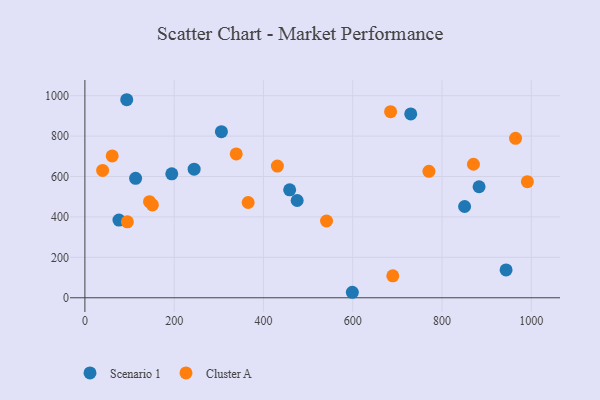
{"axis": {"x": "Ad Spend", "y": "Salary"}, "legend": ["Cluster A", "Scenario 1"], "data": [{"x": "93.7", "y": 979.9, "type": "Scenario 1"}, {"x": "113.6", "y": 590.8, "type": "Scenario 1"}, {"x": "244.7", "y": 636.2, "type": "Scenario 1"}, {"x": "458.7", "y": 534.0, "type": "Scenario 1"}, {"x": "599.1", "y": 27.2, "type": "Scenario 1"}, {"x": "943.5", "y": 137.6, "type": "Scenario 1"}, {"x": "883.0", "y": 549.2, "type": "Scenario 1"}, {"x": "305.8", "y": 821.6, "type": "Scenario 1"}, {"x": "194.6", "y": 613.3, "type": "Scenario 1"}, {"x": "76.3", "y": 384.3, "type": "Scenario 1"}, {"x": "475.5", "y": 481.2, "type": "Scenario 1"}, {"x": "850.6", "y": 451.6, "type": "Scenario 1"}, {"x": "729.9", "y": 909.6, "type": "Scenario 1"}, {"x": "39.7", "y": 630.2, "type": "Cluster A"}, {"x": "770.7", "y": 625.6, "type": "Cluster A"}, {"x": "61.1", "y": 701.7, "type": "Cluster A"}, {"x": "431.2", "y": 651.8, "type": "Cluster A"}, {"x": "339.0", "y": 711.5, "type": "Cluster A"}, {"x": "541.3", "y": 379.9, "type": "Cluster A"}, {"x": "991.2", "y": 574.2, "type": "Cluster A"}, {"x": "151.2", "y": 459.5, "type": "Cluster A"}, {"x": "870.4", "y": 660.7, "type": "Cluster A"}, {"x": "689.7", "y": 108.7, "type": "Cluster A"}, {"x": "144.7", "y": 475.5, "type": "Cluster A"}, {"x": "684.8", "y": 920.9, "type": "Cluster A"}, {"x": "964.7", "y": 788.8, "type": "Cluster A"}, {"x": "95.1", "y": 375.7, "type": "Cluster A"}, {"x": "365.7", "y": 471.4, "type": "Cluster A"}]}